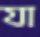
যা